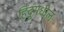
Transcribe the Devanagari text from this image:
हिंदूंमधील